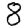
Digit: 8